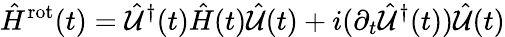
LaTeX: \hat{H}^{\mathrm{rot}}(t)=\hat{\mathcal{U}}^{\dagger}(t)\hat{H}(t)\hat{\mathcal{U}}(t)+i(\partial_{t}\hat{\mathcal{U}}^{\dagger}(t))\hat{\mathcal{U}}(t)